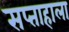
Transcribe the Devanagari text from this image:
सप्‍ताहाला